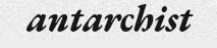
antarchist